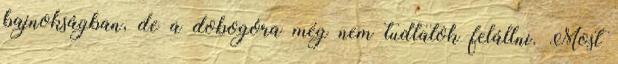
bajnokságban, de a dobogóra még nem tudtatok felállni. Most